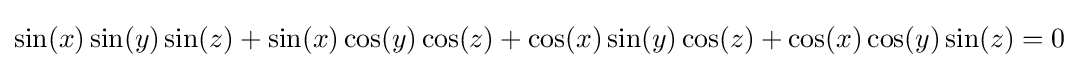
\sin(x)\sin(y)\sin(z)+\sin(x)\cos(y)\cos(z)+\cos(x)\sin(y)\cos(z)+\cos(x)\cos(y)\sin(z)=0